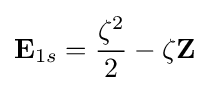
\mathbf {E} _{1s}={\frac {\zeta ^{2}}{2}}-\zeta \mathbf {Z}